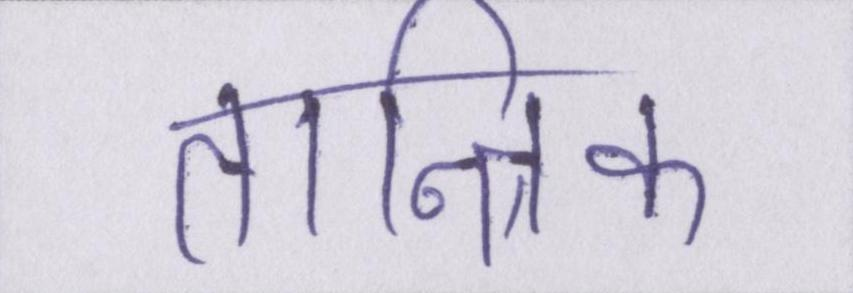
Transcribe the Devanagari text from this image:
तान्त्रिक